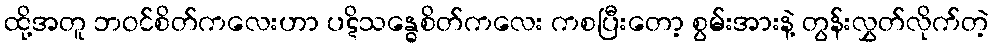
ထို့အတူ ဘဝင်စိတ်ကလေးဟာ ပဋိသန္ဓေစိတ်ကလေး ကစပြီးတော့ စွမ်းအားနဲ့ တွန်းလွှတ်လိုက်တဲ့